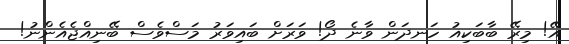
އޭ! މިރޭ ބާބަކިއު ހަނދަން ވާނެ ދޯ! ވަރަށް ބައިވަރު މަސްވެސް ބޭނިއްޖެއެންނު!